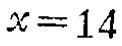
\(x = 14\)